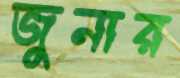
জুনার